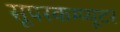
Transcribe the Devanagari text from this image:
सूपरकम्प्यूटर